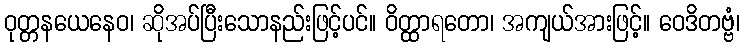
ဝုတ္တနယေနေဝ၊ ဆိုအပ်ပြီးသောနည်းဖြင့်ပင်။ ဝိတ္ထာရတော၊ အကျယ်အားဖြင့်။ ဝေဒိတဗ္ဗံ၊